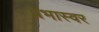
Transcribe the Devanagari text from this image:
प्रभास्वर